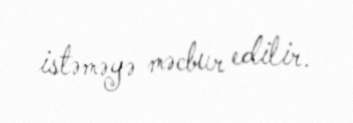
istəməyə məcbur edilir.